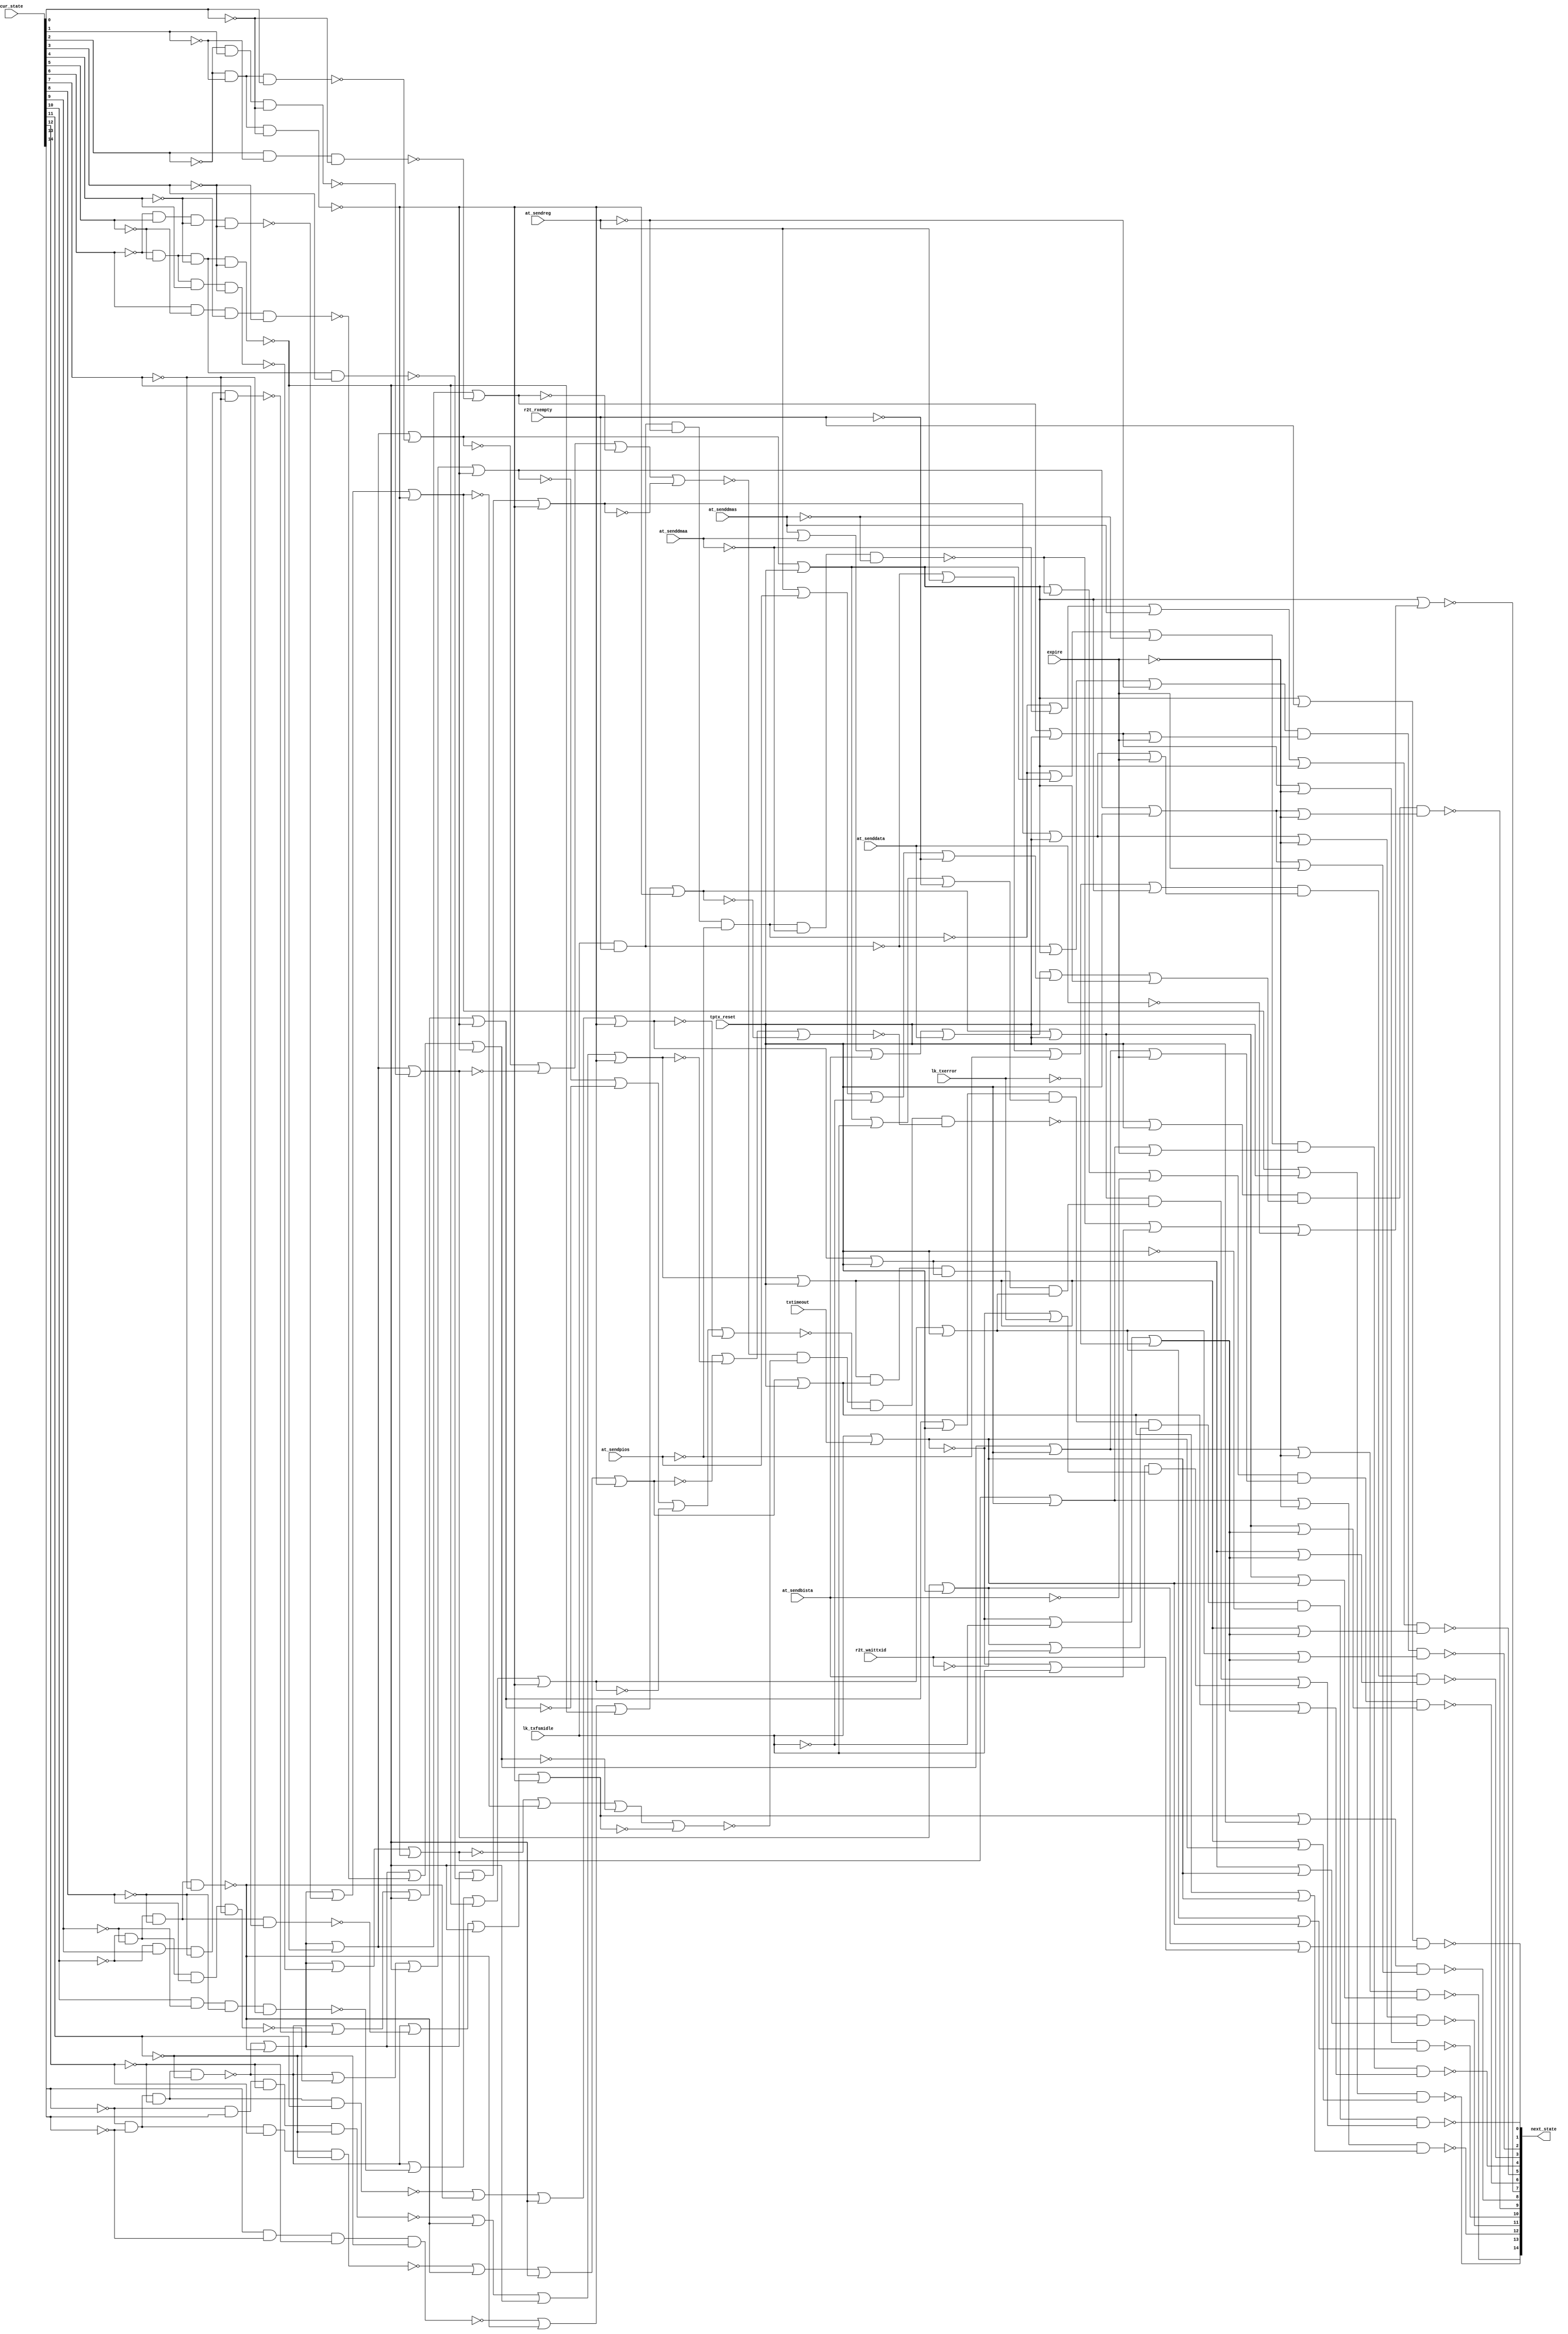

// Generated by Cadence Genus Synthesis Solution GENUS15.13 - 15.10-s038_1

// Verification Directory fv/top 

module top(next_state, cur_state, at_sendreg, at_senddmaa, at_sendpios,
     at_senddmas, at_sendbista, at_senddata, lk_txfsmidle, lk_txerror,
     r2t_waittxid, r2t_rxempty, txtimeout, expire, tptx_reset);
  input [14:0] cur_state;
  input at_sendreg, at_senddmaa, at_sendpios, at_senddmas,
       at_sendbista, at_senddata, lk_txfsmidle, lk_txerror,
       r2t_waittxid, r2t_rxempty, txtimeout, expire, tptx_reset;
  output [14:0] next_state;
  wire [14:0] cur_state;
  wire at_sendreg, at_senddmaa, at_sendpios, at_senddmas, at_sendbista,
       at_senddata, lk_txfsmidle, lk_txerror, r2t_waittxid,
       r2t_rxempty, txtimeout, expire, tptx_reset;
  wire [14:0] next_state;
  wire n_629, n_631, n_633, n_641, n_676, n_677, n_678, n_679;
  wire n_680, n_681, n_682, n_683, n_684, n_685, n_686, n_687;
  wire n_688, n_689, n_690, n_781, n_783, n_784, n_795, n_796;
  wire n_827, n_828, n_829, n_830, n_832, n_833, n_834, n_835;
  wire n_836, n_837, n_838, n_839, n_840, n_841, n_842, n_843;
  wire n_844, n_845, n_846, n_847, n_848, n_849, n_850, n_851;
  wire n_858, n_862, n_866, n_867, n_872, n_875, n_880, n_881;
  wire n_888, n_896, n_905, n_913, n_921, n_929, n_938, n_946;
  wire n_960, n_961, n_971, n_972, n_976, n_979, n_1000, n_1025;
  wire n_1049, n_1085, n_1086, n_1188, n_1235, n_1282, n_1284, n_1292;
  wire n_1380, n_1381, n_1591, n_1593, n_1600, n_1603, n_1604, n_1607;
  wire n_1608, n_1611, n_1612, n_1615, n_1618, n_1620, n_1623, n_1624;
  wire n_1627, n_1628, n_1631, n_1632, n_1635, n_1636, n_1638, n_1679;
  wire n_1680, n_1681, n_1682, n_1683, n_1684, n_1685, n_1686, n_1687;
  wire n_1688, n_1689, n_1690, n_1691, n_1692, n_1693, n_1694, n_1695;
  wire n_1696, n_1697, n_1698, n_1699, n_1700, n_1701, n_1702, n_1703;
  wire n_1704, n_1705, n_1706, n_1707, n_1708, n_1709, n_1710, n_1711;
  wire n_1712, n_1713, n_1714, n_1715, n_1716, n_1717, n_1718, n_1719;
  wire n_1720, n_1721, n_1722, n_1723, n_1724, n_1725, n_1726, n_1727;
  wire n_1728, n_1729, n_1730, n_1731, n_1732, n_1733, n_1734, n_1735;
  wire n_1736, n_1737, n_1738, n_1739, n_1740, n_1741, n_1742, n_1743;
  wire n_1744, n_1745, n_1746, n_1747, n_1748, n_1749, n_1750, n_1751;
  wire n_1752, n_1753, n_1754, n_1755, n_1756, n_1757, n_1758, n_1759;
  wire n_1760, n_1761, n_1762, n_1763, n_1764, n_1765, n_1766, n_1767;
  wire n_1768, n_1769, n_1770, n_1771, n_1772, n_1773, n_1774, n_1775;
  wire n_1776, n_1777, n_1778, n_1779, n_1780, n_1781, n_1782, n_1783;
  nand g117 (n_851, n_847, n_848, n_849, n_850);
  nor g116 (n_850, n_688, n_689, n_690);
  nor g115 (n_849, n_684, n_685, n_686, n_687);
  nor g114 (n_848, n_680, n_681, n_682, n_683);
  nor g113 (n_847, n_676, n_677, n_678, n_679);
  nor g110 (n_689, n_845, n_828, n_829, n_835);
  nor g102 (n_685, n_827, n_841, n_829, n_835);
  nor g104 (n_686, n_827, n_842, n_829, n_835);
  nor g106 (n_687, n_843, n_828, n_829, n_835);
  nor g108 (n_688, n_844, n_828, n_829, n_835);
  nor g92 (n_680, n_827, n_828, n_836, n_835);
  nor g94 (n_681, n_827, n_828, n_837, n_835);
  nor g98 (n_683, n_827, n_839, n_829, n_835);
  nor g100 (n_684, n_827, n_840, n_829, n_835);
  nor g83 (n_676, n_827, n_828, n_829, n_830);
  nor g85 (n_677, n_827, n_828, n_829, n_832);
  nor g87 (n_678, n_827, n_828, n_829, n_833);
  nor g90 (n_679, n_827, n_828, n_834, n_835);
  nor g96 (n_682, n_827, n_828, n_838, n_835);
  nor g112 (n_690, n_846, n_828, n_829, n_835);
  nor g76 (n_795, at_senddmas, at_senddmaa, at_sendbista, at_senddata);
  nor g731 (n_641, lk_txfsmidle, txtimeout);
  nand g751 (n_781, lk_txfsmidle, r2t_rxempty);
  nor g784 (n_881, n_851, tptx_reset);
  nor g814 (n_1381, n_641, lk_txfsmidle);
  nor g815 (n_1380, n_641, lk_txerror);
  not g1452 (n_1679, at_senddata);
  not g1453 (n_1680, at_sendbista);
  not g1454 (n_1681, at_senddmaa);
  not g1455 (n_1682, at_senddmas);
  not g1456 (n_1683, lk_txfsmidle);
  not g1457 (n_1684, r2t_rxempty);
  not g1458 (n_1685, tptx_reset);
  not g1459 (n_1686, lk_txerror);
  not g1460 (n_1687, expire);
  not g1461 (n_1688, cur_state[11]);
  not g1462 (n_1689, cur_state[12]);
  not g1463 (n_1690, cur_state[13]);
  not g1464 (n_1691, cur_state[14]);
  not g1465 (n_1692, cur_state[7]);
  not g1466 (n_1693, cur_state[8]);
  not g1467 (n_1694, cur_state[9]);
  not g1468 (n_1695, cur_state[10]);
  not g1469 (n_1696, cur_state[3]);
  not g1470 (n_1697, cur_state[4]);
  not g1471 (n_1698, cur_state[5]);
  not g1472 (n_1699, cur_state[6]);
  not g1473 (n_1700, cur_state[0]);
  not g1474 (n_1701, cur_state[1]);
  not g1475 (n_1702, cur_state[2]);
  not g1476 (n_1703, at_sendpios);
  not g1477 (n_1704, at_sendreg);
  not g1478 (n_1705, r2t_waittxid);
  nand g1479 (n_827, n_1691, n_1690, n_1689, n_1688);
  nand g1480 (n_828, n_1695, n_1694, n_1693, n_1692);
  nand g1481 (n_829, n_1699, n_1698, n_1697, n_1696);
  nand g1482 (n_830, n_1702, n_1701, cur_state[0]);
  not g1483 (n_1706, n_676);
  nand g1484 (n_832, n_1702, cur_state[1], n_1700);
  not g1485 (n_1707, n_677);
  nand g1486 (n_833, cur_state[2], n_1701, n_1700);
  not g1487 (n_1708, n_678);
  nand g1488 (n_834, n_1699, n_1698, n_1697, cur_state[3]);
  nand g1489 (n_835, n_1702, n_1701, n_1700);
  not g1490 (n_1709, n_679);
  nand g1491 (n_836, n_1699, n_1698, cur_state[4], n_1696);
  not g1492 (n_1710, n_680);
  nand g1493 (n_837, n_1699, cur_state[5], n_1697, n_1696);
  not g1494 (n_1711, n_681);
  nand g1495 (n_838, cur_state[6], n_1698, n_1697, n_1696);
  not g1496 (n_1712, n_682);
  nand g1497 (n_839, n_1695, n_1694, n_1693, cur_state[7]);
  not g1498 (n_1713, n_683);
  nand g1499 (n_840, n_1695, n_1694, cur_state[8], n_1692);
  not g1500 (n_1714, n_684);
  nand g1501 (n_841, n_1695, cur_state[9], n_1693, n_1692);
  not g1502 (n_1715, n_685);
  nand g1503 (n_842, cur_state[10], n_1694, n_1693, n_1692);
  not g1504 (n_1716, n_686);
  nand g1505 (n_843, n_1691, n_1690, n_1689, cur_state[11]);
  not g1506 (n_1717, n_687);
  nand g1507 (n_844, n_1691, n_1690, cur_state[12], n_1688);
  not g1508 (n_1718, n_688);
  nand g1509 (n_845, n_1691, cur_state[13], n_1689, n_1688);
  not g1510 (n_1719, n_689);
  nand g1511 (n_846, cur_state[14], n_1690, n_1689, n_1688);
  not g1512 (n_1720, n_690);
  nor g1513 (n_866, n_1706, tptx_reset);
  not g1514 (n_1721, n_866);
  not g1515 (n_1722, n_781);
  nand g1516 (n_783, n_1722, n_1704, n_1703);
  not g1517 (n_1723, n_783);
  nand g1518 (n_784, n_1723, n_1681, n_1682);
  nor g1519 (n_633, n_784, at_sendbista, n_1679);
  not g1520 (n_1724, n_633);
  nor g1521 (next_state[7], n_1721, n_1724);
  not g1522 (n_1725, n_795);
  not g1523 (n_1726, n_641);
  not g1524 (n_1727, n_881);
  not g1525 (n_1728, n_1381);
  not g1526 (n_1729, n_1380);
  nor g1527 (n_971, n_1721, r2t_rxempty);
  not g1528 (n_1730, n_971);
  nor g1529 (n_867, n_1707, tptx_reset);
  not g1530 (n_1731, n_867);
  nor g1531 (n_1085, n_1731, r2t_waittxid);
  not g1532 (n_1732, n_1085);
  nand g1533 (next_state[1], n_1730, n_1732);
  nor g1534 (n_880, n_1720, tptx_reset);
  not g1535 (n_1733, n_880);
  nor g1536 (n_896, n_1719, tptx_reset);
  not g1537 (n_1734, n_896);
  nor g1538 (n_913, n_1718, tptx_reset);
  not g1539 (n_1735, n_913);
  nor g1540 (n_929, n_1717, tptx_reset);
  not g1541 (n_1736, n_929);
  nor g1542 (n_946, n_1716, tptx_reset);
  not g1543 (n_1737, n_946);
  nand g1544 (n_1235, n_1734, n_1735, n_1736, n_1737);
  not g1545 (n_1738, n_1235);
  nand g1546 (n_1284, n_1733, n_1738);
  not g1547 (n_1739, n_1284);
  nand g1548 (n_862, n_1728, n_1729);
  not g1549 (n_1740, n_862);
  nor g1550 (n_1591, n_1739, n_1740);
  not g1551 (n_1741, n_1591);
  nor g1552 (n_872, n_1712, tptx_reset);
  not g1553 (n_1742, n_872);
  nor g1554 (n_1593, n_1742, n_1687);
  not g1555 (n_1743, n_1593);
  nor g1556 (n_1600, n_1733, n_1726);
  not g1557 (n_1744, n_1600);
  nor g1558 (n_1603, n_1734, n_1726);
  not g1559 (n_1745, n_1603);
  nor g1560 (n_905, n_1710, tptx_reset);
  not g1561 (n_1746, n_905);
  nor g1562 (n_1604, n_1746, n_1687);
  not g1563 (n_1747, n_1604);
  nor g1564 (n_1607, n_1735, n_1726);
  not g1565 (n_1748, n_1607);
  nor g1566 (n_921, n_1709, tptx_reset);
  not g1567 (n_1749, n_921);
  nor g1568 (n_1608, n_1749, n_1687);
  not g1569 (n_1750, n_1608);
  nor g1570 (n_1611, n_1736, n_1726);
  not g1571 (n_1751, n_1611);
  nor g1572 (n_938, n_1708, tptx_reset);
  not g1573 (n_1752, n_938);
  nor g1574 (n_1612, n_1752, n_1687);
  not g1575 (n_1753, n_1612);
  nor g1576 (n_1615, n_1737, n_1726);
  not g1577 (n_1754, n_1615);
  nor g1578 (n_858, n_641, n_1683, n_1686);
  not g1579 (n_1755, n_858);
  nor g1580 (n_1620, n_1734, n_1755);
  not g1581 (n_1756, n_1620);
  nor g1582 (n_1624, n_1735, n_1755);
  not g1583 (n_1757, n_1624);
  nor g1584 (n_1628, n_1736, n_1755);
  not g1585 (n_1758, n_1628);
  nor g1586 (n_1632, n_1737, n_1755);
  not g1587 (n_1759, n_1632);
  nor g1588 (n_1636, n_1733, n_1755);
  not g1589 (n_1760, n_1636);
  nor g1590 (n_961, n_1714, tptx_reset);
  not g1591 (n_1761, n_961);
  nor g1592 (n_1638, n_1761, n_1687);
  not g1593 (n_1762, n_1638);
  nand g1594 (next_state[14], n_1743, n_1744);
  nor g1595 (n_888, n_1711, tptx_reset);
  not g1596 (n_1763, n_888);
  nand g1597 (next_state[13], n_1763, n_1745);
  nand g1598 (next_state[12], n_1747, n_1748);
  nand g1599 (next_state[11], n_1750, n_1751);
  nand g1600 (next_state[10], n_1753, n_1754);
  nor g1601 (n_960, n_1713, tptx_reset);
  not g1602 (n_1764, n_960);
  nor g1603 (n_1618, n_1761, expire);
  not g1604 (n_1765, n_1618);
  nand g1605 (next_state[8], n_1764, n_1765);
  nor g1606 (n_631, n_783, n_1681, at_senddmas);
  not g1607 (n_1766, n_631);
  nor g1608 (n_976, n_1766, n_1721);
  not g1609 (n_1767, n_976);
  nand g1610 (next_state[5], n_1767, n_1756);
  nor g1611 (n_1000, n_783, n_1721, n_1682);
  not g1612 (n_1768, n_1000);
  nor g1613 (n_1623, n_1746, expire);
  not g1614 (n_1769, n_1623);
  nand g1615 (next_state[4], n_1768, n_1769, n_1757);
  nor g1616 (n_629, n_781, at_sendreg, n_1703);
  not g1617 (n_1770, n_629);
  nor g1618 (n_1025, n_1770, n_1721);
  not g1619 (n_1771, n_1025);
  nor g1620 (n_1627, n_1749, expire);
  not g1621 (n_1772, n_1627);
  nand g1622 (next_state[3], n_1771, n_1772, n_1758);
  nor g1623 (n_1049, n_781, n_1721, n_1704);
  not g1624 (n_1773, n_1049);
  nor g1625 (n_1631, n_1752, expire);
  not g1626 (n_1774, n_1631);
  nand g1627 (next_state[2], n_1773, n_1774, n_1759);
  nor g1628 (n_1188, n_1721, n_784, n_1680);
  not g1629 (n_1775, n_1188);
  nor g1630 (n_1635, n_1742, expire);
  not g1631 (n_1776, n_1635);
  nand g1632 (next_state[6], n_1775, n_1776, n_1760);
  nor g1633 (n_875, n_1715, tptx_reset);
  not g1634 (n_1777, n_875);
  nor g1635 (n_972, n_1721, lk_txfsmidle, n_1684);
  not g1636 (n_1778, n_972);
  nor g1637 (n_1086, n_1731, n_1705);
  not g1638 (n_1779, n_1086);
  nand g1639 (n_1282, n_1777, n_1778, n_1779, n_1685);
  not g1640 (n_1780, n_1282);
  nand g1641 (next_state[0], n_1780, n_1741);
  nor g1642 (n_796, at_sendreg, at_sendpios, n_1683, n_1684);
  not g1643 (n_1781, n_796);
  nor g1644 (n_979, n_1725, n_1781, n_1721);
  not g1645 (n_1782, n_979);
  nand g1646 (n_1292, n_1727, n_1782);
  not g1647 (n_1783, n_1292);
  nand g1648 (next_state[9], n_1783, n_1762);
endmodule